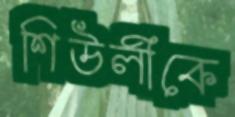
শিউলীকে